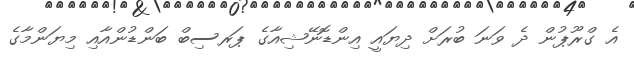
އެ ގްރޫޕުން ދެ ވަނަ ބުރަށް ދިޔައީ އިންޑޮނޭޝިއާގެ ޕަރސިބް ބަންޑުންއާއި މިޔަންމާގެ